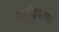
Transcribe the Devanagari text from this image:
वरोड्याला